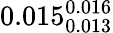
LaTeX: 0.015_{0.013}^{0.016}